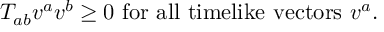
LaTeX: T _ { a b } v ^ { a } v ^ { b } \geq 0 \mathrm { ~ f o r ~ a l l ~ t i m e l i k e ~ v e c t o r s ~ } v ^ { a } .